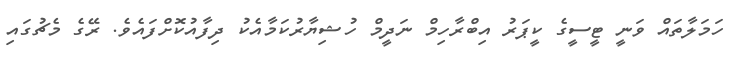
ހަމަލާތައް ވަނީ ޓީސީގެ ކީޕަރު އިބްރާހިމް ނަދީމް ހުޝިޔާރުކަމާއެކު ދިފާއުކޮށްފައެވެ. ރޭގެ މެޗުގައި